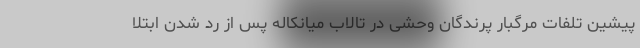
پیشین تلفات مرگبار پرندگان وحشی در تالاب میانکاله پس از رد شدن ابتلا